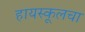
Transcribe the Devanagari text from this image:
हायस्‍कूलचा